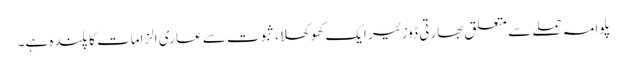
پلوامہ حملے سے متعلق بھارتی ڈوزئیر ایک کھوکھلا، ثبوت سے عاری الزامات کا پلندہ ہے۔